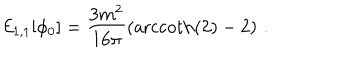
{ \cal E } _ { 1 , 1 } [ \phi _ { 0 } ] = \frac { 3 m ^ { 2 } } { 1 6 \pi } \left( \mathrm { a r c c o t h } ( 2 ) - 2 \right) \, .